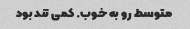
متوسط رو به خوب. کمی تند بود